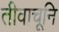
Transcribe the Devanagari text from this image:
तीवाचूनि